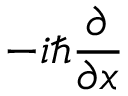
- i \hbar { \frac { \partial } { \partial x } }